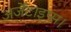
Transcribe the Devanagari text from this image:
अर्जेंटाइप्स।